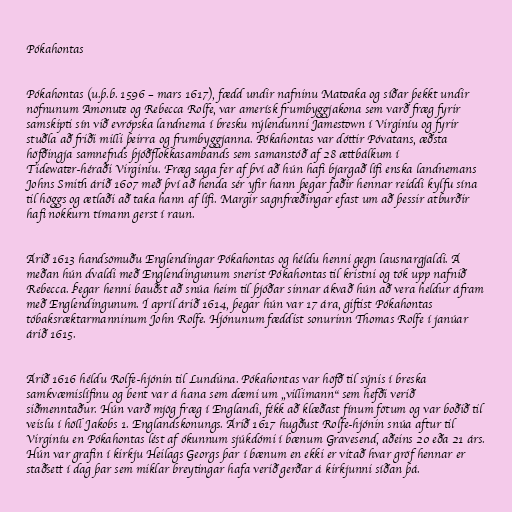
Pókahontas

Pókahontas (u.þ.b. 1596 – mars 1617), fædd undir nafninu Matoaka og síðar þekkt undir
nöfnunum Amonute og Rebecca Rolfe, var amerísk frumbyggjakona sem varð fræg fyrir
samskipti sín við evrópska landnema í bresku nýlendunni Jamestown í Virginíu og fyrir
stuðla að friði milli þeirra og frumbyggjanna. Pókahontas var dóttir Póvatans, æðsta
höfðingja samnefnds þjóðflokkasambands sem samanstóð af 28 ættbálkum í
Tidewater-héraði Virginíu. Fræg saga fer af því að hún hafi bjargað lífi enska landnemans
Johns Smith árið 1607 með því að henda sér yfir hann þegar faðir hennar reiddi kylfu sína
til höggs og ætlaði að taka hann af lífi. Margir sagnfræðingar efast um að þessir atburðir
hafi nokkurn tímann gerst í raun.

Árið 1613 handsömuðu Englendingar Pókahontas og héldu henni gegn lausnargjaldi. Á
meðan hún dvaldi með Englendingunum snerist Pókahontas til kristni og tók upp nafnið
Rebecca. Þegar henni bauðst að snúa heim til þjóðar sinnar ákvað hún að vera heldur áfram
með Englendingunum. Í apríl árið 1614, þegar hún var 17 ára, giftist Pókahontas
tóbaksræktarmanninum John Rolfe. Hjónunum fæddist sonurinn Thomas Rolfe í janúar
árið 1615.

Árið 1616 héldu Rolfe-hjónin til Lundúna. Pókahontas var höfð til sýnis í breska
samkvæmislífinu og bent var á hana sem dæmi um „villimann“ sem hefði verið
siðmenntaður. Hún varð mjög fræg í Englandi, fékk að klæðast fínum fötum og var boðið til
veislu í höll Jakobs 1. Englandskonungs. Árið 1617 hugðust Rolfe-hjónin snúa aftur til
Virginíu en Pókahontas lést af ókunnum sjúkdómi í bænum Gravesend, aðeins 20 eða 21 árs.
Hún var grafin í kirkju Heilags Georgs þar í bænum en ekki er vitað hvar gröf hennar er
staðsett í dag þar sem miklar breytingar hafa verið gerðar á kirkjunni síðan þá.